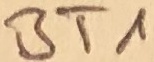
Text: BT1